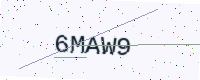
Text: 6MAW9